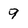
Character: 9